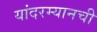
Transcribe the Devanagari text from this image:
यांदरम्यानची